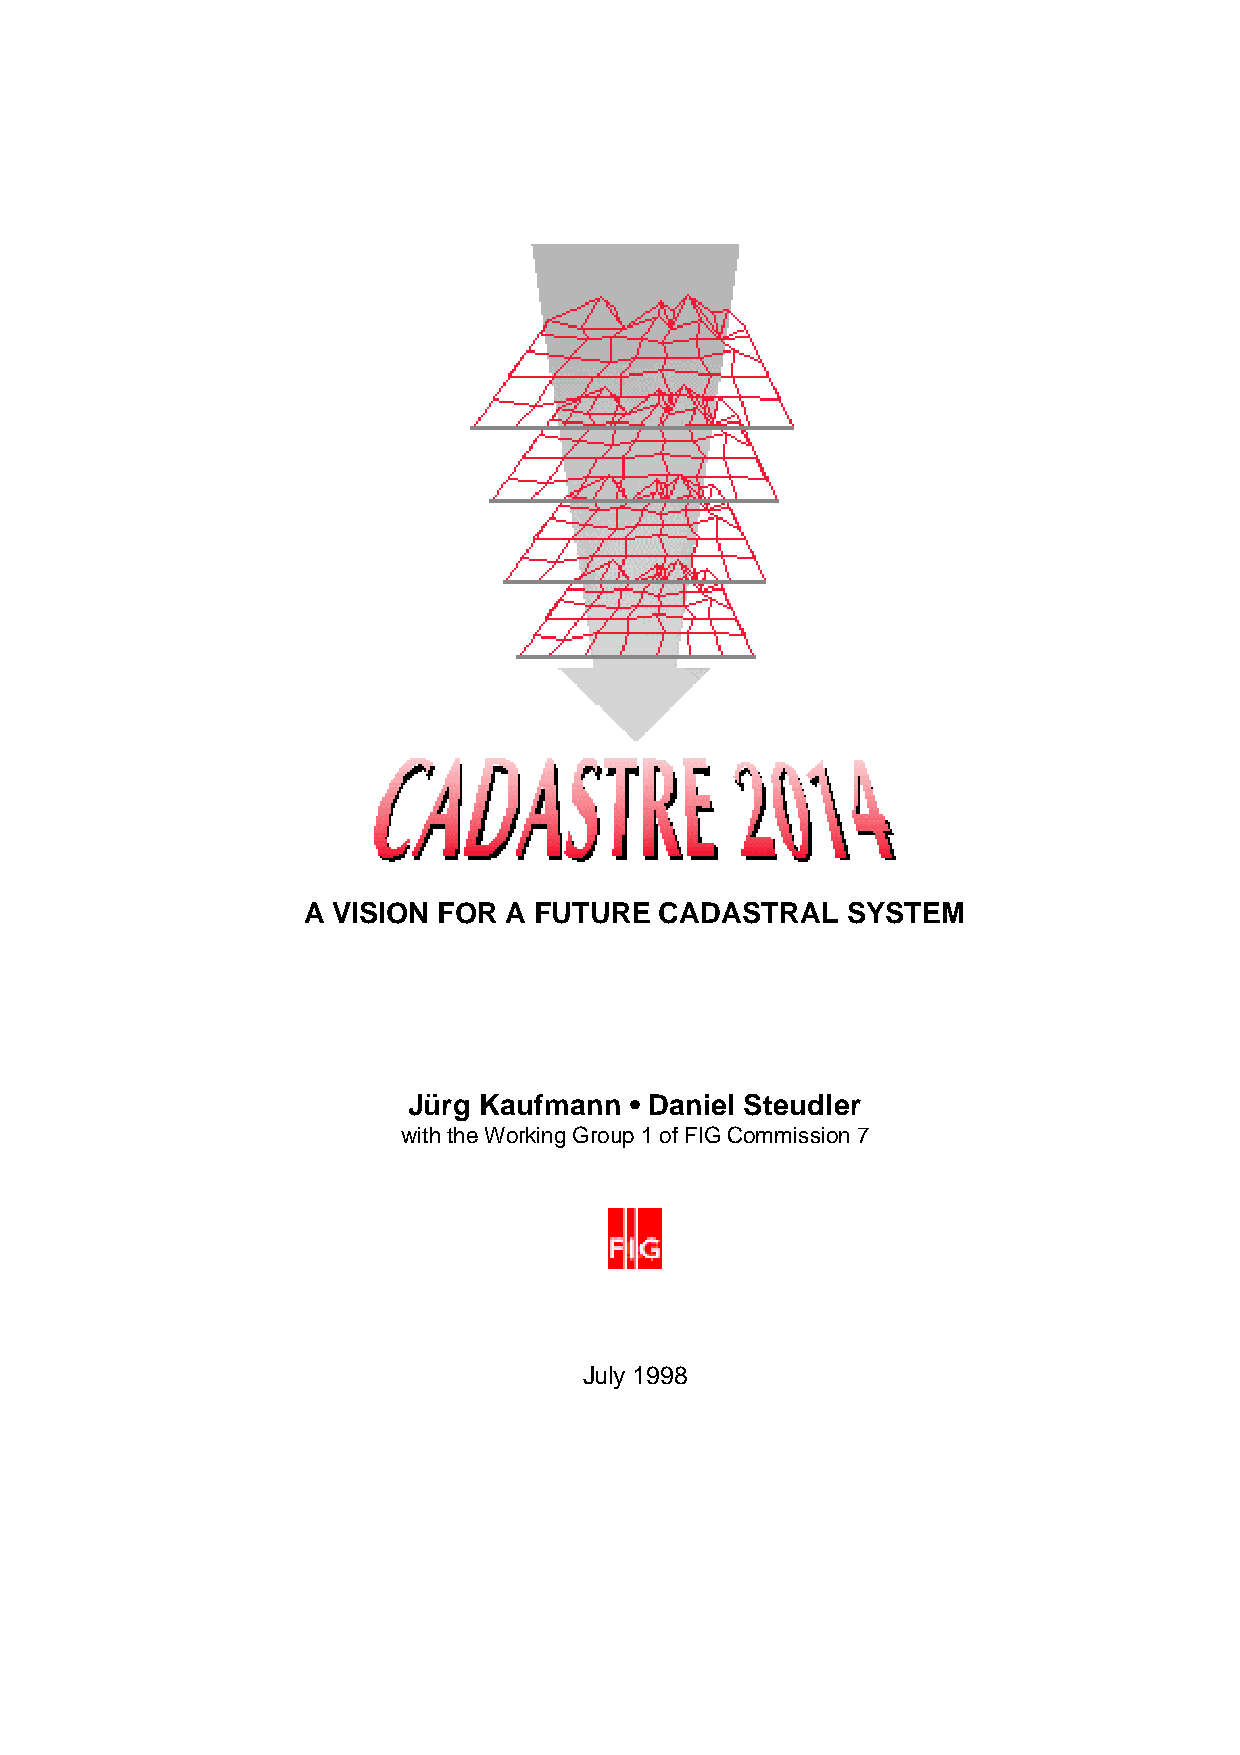
A VISION FOR  A FUTURE  CADASTRAL   SYSTEM
 Jürg Kaufmann  • Daniel Steudler
 with the Working Group 1 of FIG Commission 7
 July 1998